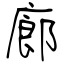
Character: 廊